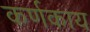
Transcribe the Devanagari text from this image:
कर्णकाय